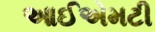
આઈએમટી